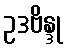
ဥဒဗိန္ဒု